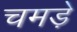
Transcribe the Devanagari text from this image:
चमडे़